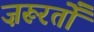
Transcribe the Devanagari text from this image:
ज़रूरतोँ